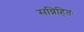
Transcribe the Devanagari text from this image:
सन्निहितः